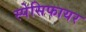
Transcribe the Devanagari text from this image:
स्पेसिफायर